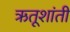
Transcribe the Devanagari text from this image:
ऋतूशांती